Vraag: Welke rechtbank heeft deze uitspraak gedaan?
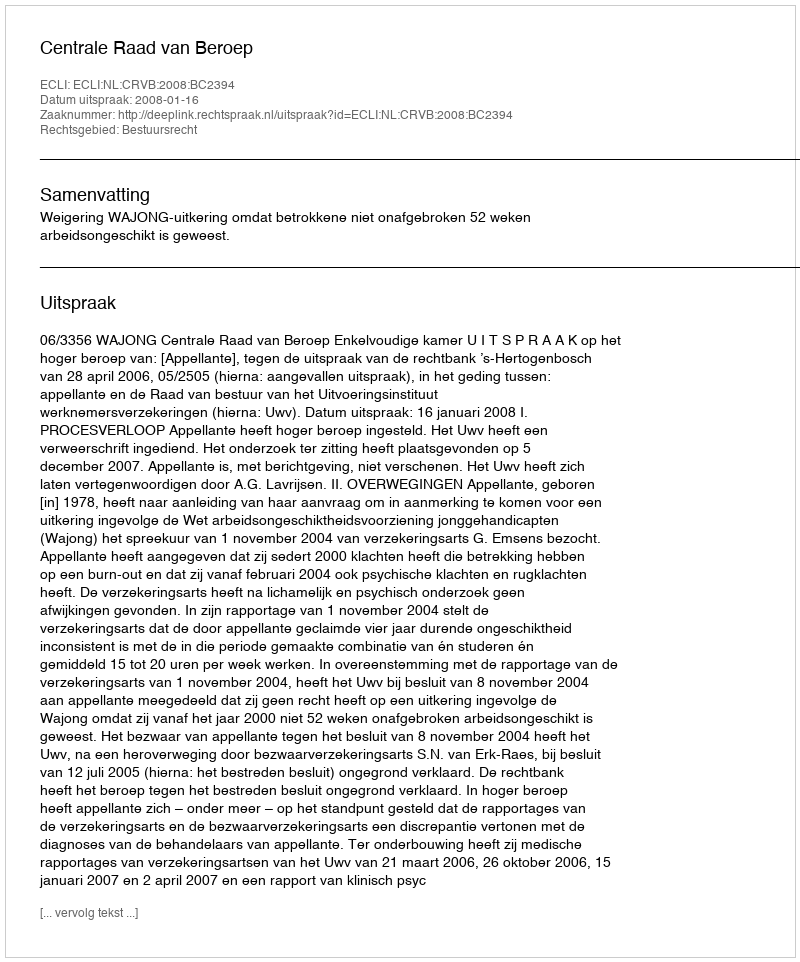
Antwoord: Centrale Raad van Beroep